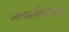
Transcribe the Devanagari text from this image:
आत्मसंवित्तियुक्त